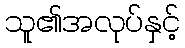
သူ၏အလုပ်နှင့်